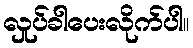
လှုပ်ခါပေးလိုက်ပါ။